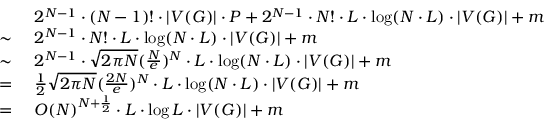
\begin{array} { r l } & { 2 ^ { N - 1 } \cdot ( N - 1 ) ! \cdot | V ( G ) | \cdot P + 2 ^ { N - 1 } \cdot N ! \cdot L \cdot \log ( N \cdot L ) \cdot | V ( G ) | + m } \\ { \sim \ } & { 2 ^ { N - 1 } \cdot N ! \cdot L \cdot \log ( N \cdot L ) \cdot | V ( G ) | + m } \\ { \sim \ } & { 2 ^ { N - 1 } \cdot \sqrt { 2 \pi N } ( \frac { N } { e } ) ^ { N } \cdot L \cdot \log ( N \cdot L ) \cdot | V ( G ) | + m } \\ { = \ } & { \frac { 1 } { 2 } \sqrt { 2 \pi N } ( \frac { 2 N } { e } ) ^ { N } \cdot L \cdot \log ( N \cdot L ) \cdot | V ( G ) | + m } \\ { = \ } & { O ( N ) ^ { N + \frac { 1 } { 2 } } \cdot L \cdot \log L \cdot | V ( G ) | + m } \end{array}